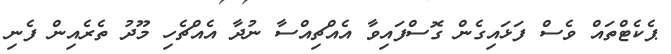
ޕެކެޓްތައް ވެސް ފަޅައިގެން ގޮސްފައިވާ އެއްޗިއްސާ ނުދާ އެއްޗެހި މޫދު ތެރެއިން ފެނި